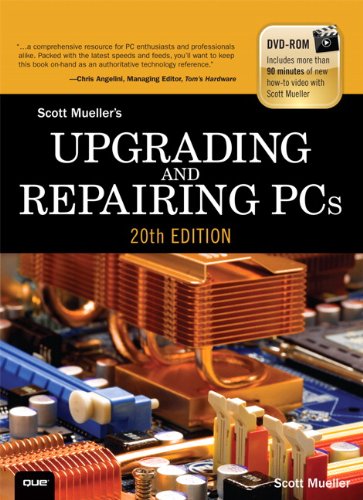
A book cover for Upgrading and Repairing PCs (20th Edition); Scott Mueller; Computers & Technology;